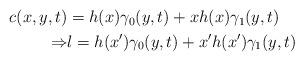
LaTeX: \begin{align*}\begin{aligned} c(x,y,t) & =h(x)\gamma_{0}(y,t)+xh(x)\gamma_{1}(y,t) \\ \Rightarrow & l = h(x')\gamma_{0}(y,t)+x'h(x')\gamma_{1}(y,t)\end{aligned}\end{align*}